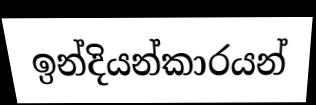
ඉන්දියන්කාරයන්